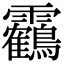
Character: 靏